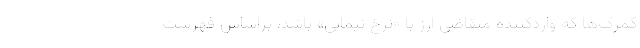
گمرک‌ها که واردکننده متقاضی ارز با «نرخ نیمایی» باشد، براساس فهرست